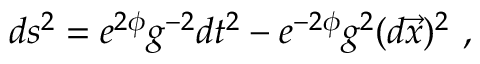
d s ^ { 2 } = e ^ { 2 \phi } g ^ { - 2 } d t ^ { 2 } - e ^ { - 2 \phi } g ^ { 2 } ( d \vec { x } ) ^ { 2 } \ ,